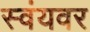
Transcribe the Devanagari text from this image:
स्वंयवर